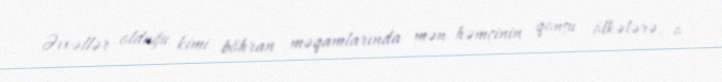
Əvvəllər olduğu kimi böhran məqamlarında mən həmçinin qonşu ölkələrə, o